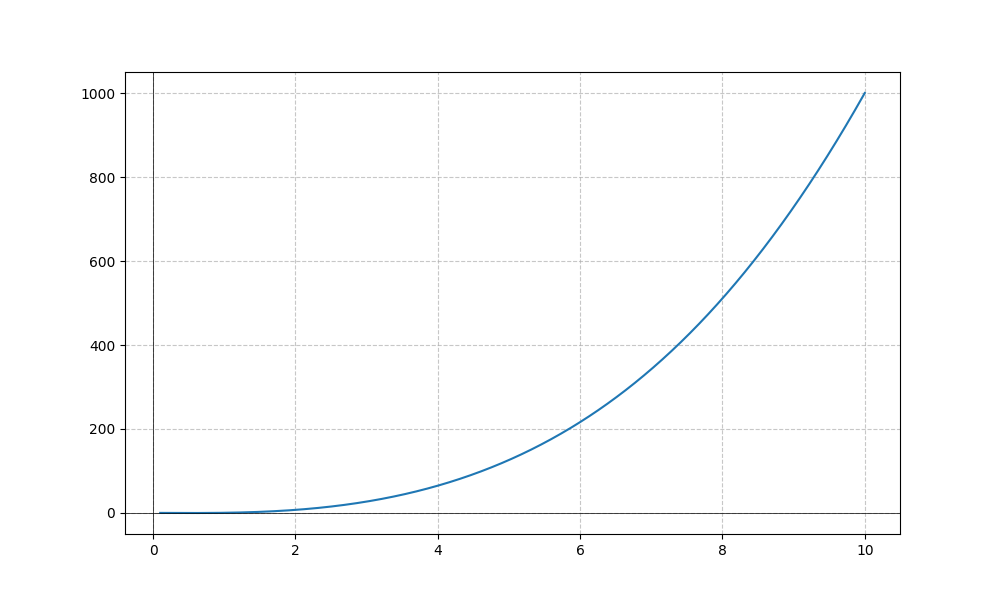
LaTeX formula: x^{3} - \sin{\left(x \right)}